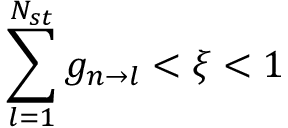
\sum _ { l = 1 } ^ { N _ { s t } } g _ { n \rightarrow l } < \xi < 1